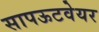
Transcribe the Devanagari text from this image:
सापऊटवेयर